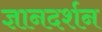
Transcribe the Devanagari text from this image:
ज्ञानदर्शन